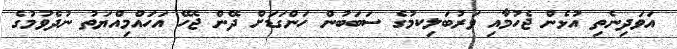
އަވަދިނެތި އުޅެން ޖެހުމާއި ވަރުބަލިކމުގެ ސަބަބުން ހަންގަޑަށް ދޭން ޖެހޭ އަހައްމިއްޔަތު ނުދެވުމުގެ